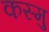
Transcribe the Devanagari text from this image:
कस्मु